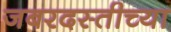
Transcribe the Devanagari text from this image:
जबरदस्तीच्या